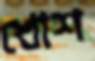
খোশ